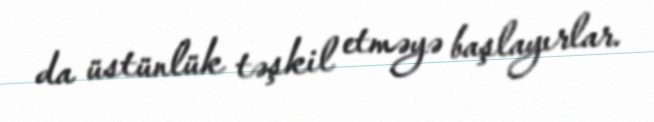
da üstünlük təşkil etməyə başlayırlar.